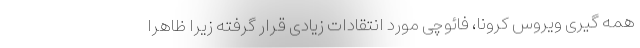
همه گیرى ویروس کرونا، فائوچی مورد انتقادات زیادی قرار گرفته زیرا ظاهرا